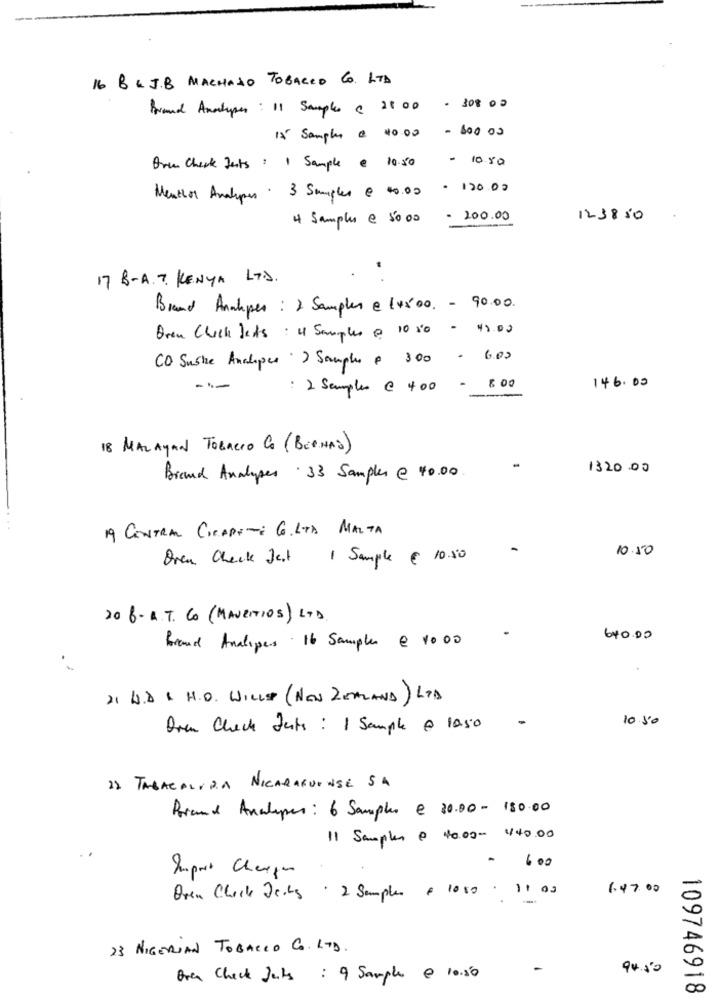
16 BE JB MACHADO TOBACCO CO. LTD
Brand Anatypes : 11 Samples C 20 00 - 308 00
1x Samples & 40.00 - 600 00
- 10.50
Dre Check Jests : 1 Sample @ 10.50
Menthol Analypas . 3 Samples @ 40.00 - 120.00
4 Samples € 50,00
- 200.00
121850
.
17 B-A.T. KENYA LTD.
Brand Analpes : 2 Samples € 145'00. - 90.00.
Oren Click Jets : 4 Samples @ 10 20 - 42.00
CO Suske Analopes ) Samples . 300 - 600
-1-
: 2 Samples @ 400 -
146.00
18 MALAYAN TOBACCO Co (BERNAO)
1320.00
Brand Analyses . 33 Samples @ 40.00
19 CENTRAL CICARE -: G.LTA MALTA
-
10.50
Oren Check Jest 1 Sample € 10.50
20 8. A.T. CO (MAURITIOS) LTD.
640.00
Brand Analyses . 16 Samples @ 1000
21 H.D . H.O. WILLST (NEW ZEALAND) LTD
10.50
Dren Check Jats : 1 Sample @ 1050
22 TABACALIDA NICARAGUENSE SA
Brand Analopes : 6 Samples € 30.00 - 180.00
11 Samples @ 40.00- 440.00
Import Chargen
. 600
Oren Check Jects . 2 Samples & 1050 . 11 02
1.47.00
23 NIGERIAN TOBACCO CO. LTD.
-
94.50
Oren Check Jets : 9 Sample @ 10.50
109746918